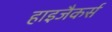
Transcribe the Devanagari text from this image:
हाइजैकर्स